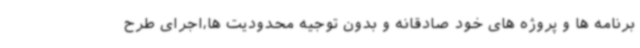
برنامه ها و پروژه های خود صادقانه و بدون توجیه محدودیت ها،اجرای طرح